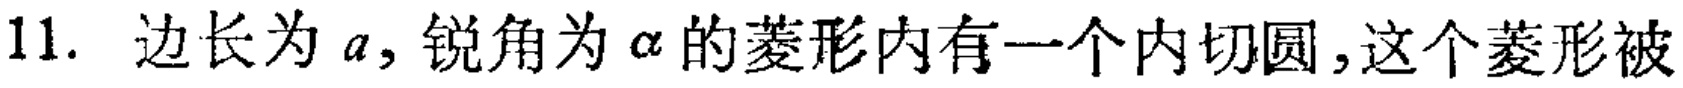
11. 边长为 \(a\)，锐角为 \(\alpha\) 的菱形内有一个内切圆，这个菱形被